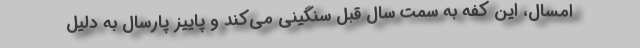
امسال، این کفه به سمت سال قبل سنگینی می‌کند و پاییز پارسال به دلیل